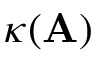
\kappa ( \mathbf { A } )